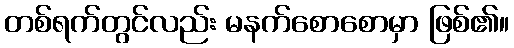
တစ်ရက်တွင်လည်း မနက်စောစောမှာ ဖြစ်၏။